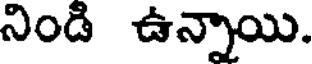
నిండి ఉన్నాయి.